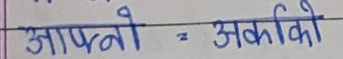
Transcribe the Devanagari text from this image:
आफ्नो = अर्किको